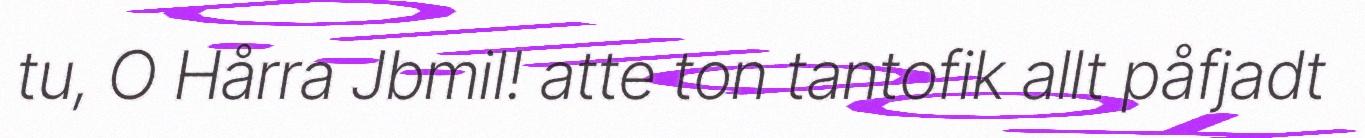
tu, O Hårra Jbmil! atte ton tantofik allt påfjadt